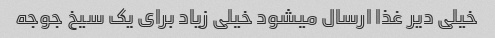
خیلی دیر غذا ارسال میشود خیلی زیاد برای یک سیخ جوجه